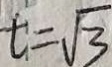
t = \sqrt { 3 }